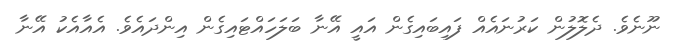
ނޫނެވެ. ދެލޮލުން ކަރުނައެއް ފައިބައިގެން އައީ އޭނާ ބަލަހައްޓައިގެން އިންދައެވެ. އެއާއެކު އޭނާ